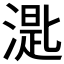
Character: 𣼮